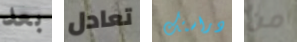
بعد تعادل دراستك من